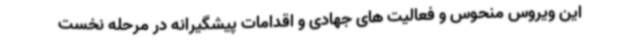
این ویروس منحوس و فعالیت های جهادی و اقدامات پیشگیرانه در مرحله نخست